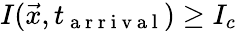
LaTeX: I(\vec{x},t_{\mathrm{~a~r~r~i~v~a~l~}})\geq I_{c}